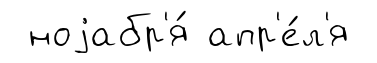
ноjабр'я́ апр'е́л'я